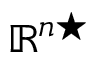
\mathbb { R } ^ { n \star }